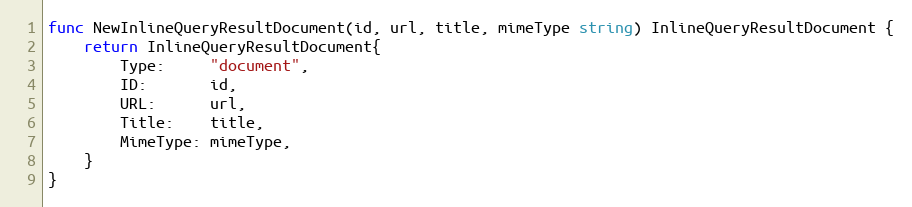
Language: Go
func NewInlineQueryResultDocument(id, url, title, mimeType string) InlineQueryResultDocument {
	return InlineQueryResultDocument{
		Type:     "document",
		ID:       id,
		URL:      url,
		Title:    title,
		MimeType: mimeType,
	}
}